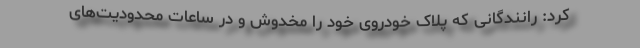
کرد: رانندگانی که پلاک خودروی خود را مخدوش و در ساعات محدودیت‌های